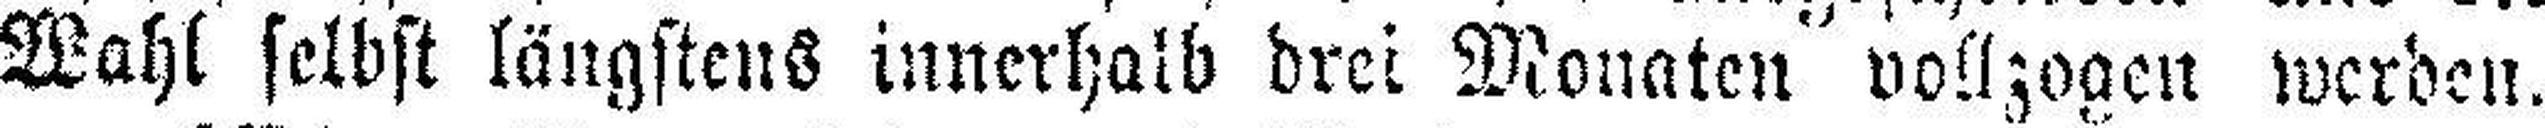
Wahl selbst längstens innerhalb drei Monaten vollzogen werden.